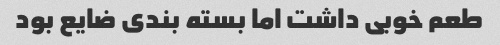
طعم خوبی داشت اما بسته بندی ضایع بود